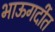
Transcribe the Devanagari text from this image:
भाऊगर्दीत